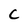
Character: C